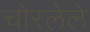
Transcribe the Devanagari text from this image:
चोरलेले